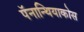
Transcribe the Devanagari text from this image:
पॅनान्थियाकोस